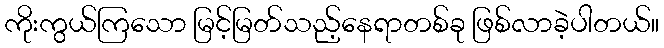
ကိုးကွယ်ကြသော မြင့်မြတ်သည့်နေရာတစ်ခု ဖြစ်လာခဲ့ပါတယ်။